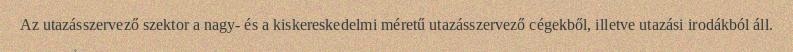
Az utazásszervező szektor a nagy- és a kiskereskedelmi méretű utazásszervező cégekből, illetve utazási irodákból áll.